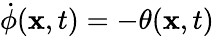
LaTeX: \dot{\phi}(\mathbf{x},t)=-\theta(\mathbf{x},t)